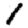
Digit: 1